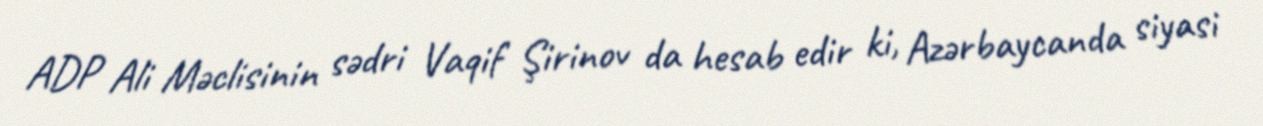
ADP Ali Məclisinin sədri Vaqif Şirinov da hesab edir ki, Azərbaycanda siyasi